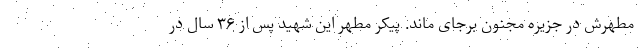
مطهرش در جزیره مجنون برجای ماند. پیکر مطهر این شهید پس از ۳۶ سال در